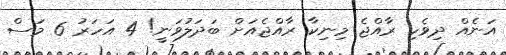
އަނެއް ދިވެހި ރާއްޖެ މިނިކާ ރާއްޖެއަށް ބަދަލުވަނީ! 4 އަހަރު 6 މަސް